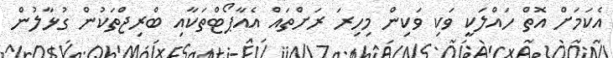
އެކަމަށް އޮތް ހައްލަކީ ވަކި ވަކިން މިހިރަ ރަށްތައް އެއާޕޯޓްތަކާއި ބްރިޖްތަކުން ގުޅާލުން